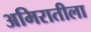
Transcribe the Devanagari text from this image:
अमिरातीला